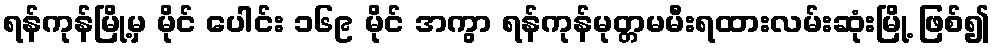
ရန်ကုန်မြို့မှ မိုင် ပေါင်း ၁၆၉ မိုင် အကွာ ရန်ကုန်မုတ္တမမီးရထားလမ်းဆုံးမြို့ ဖြစ်၍